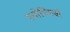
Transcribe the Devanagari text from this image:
स्नोपिएर्सर